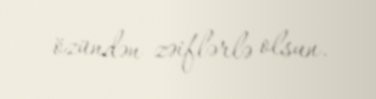
özündən zəiflərlə olsun.